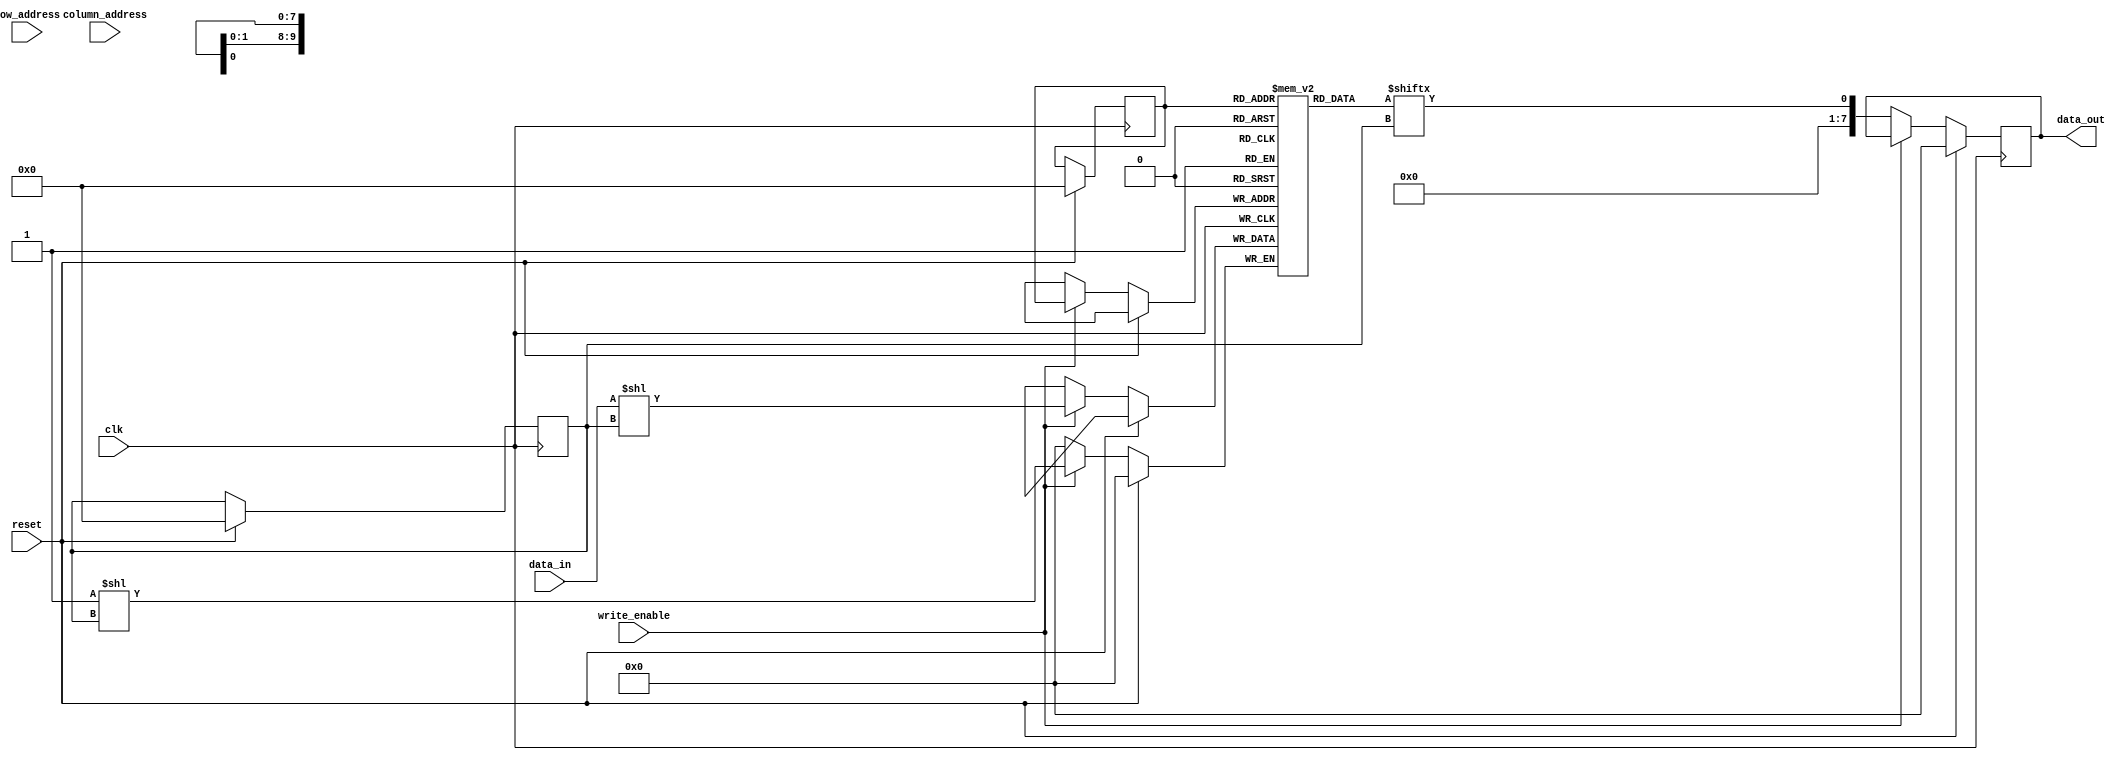
module SDRAM (
    input wire clk,
    input wire reset,
    input wire write_enable,
    input wire [9:0] row_address,
    input wire [9:0] column_address,
    input wire [7:0] data_in,
    output reg [7:0] data_out
);
    
reg [7:0] memory [0:1023]; // 1024 memory cells

reg [9:0] active_row;
reg [9:0] active_column;

always @ (posedge clk) begin
    if (reset) begin
        active_row <= 10'd0;
        active_column <= 10'd0;
        data_out <= 8'b0;
    end else begin
        if (write_enable) begin
            memory[active_row][active_column] <= data_in;
        end else begin
            data_out <= memory[active_row][active_column];
        end
    end
end

endmodule